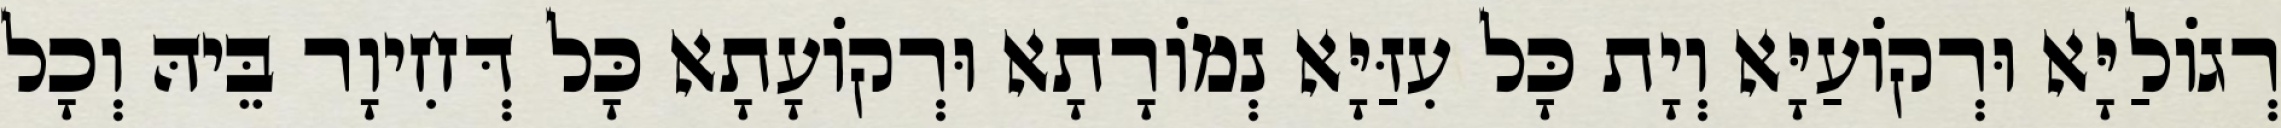
רְגוֹלַיָּא וּרְקוֹעַיָּא וְיָת כָּל עִזַּיָּא נְמוֹרָתָא וּרְקוֹעָתָא כָּל דְּחִיוָר בֵּיהּ וְכָל